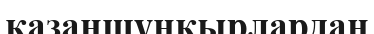
қазаншұңқырлардан